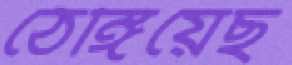
ঠেঙ্গিয়েছ